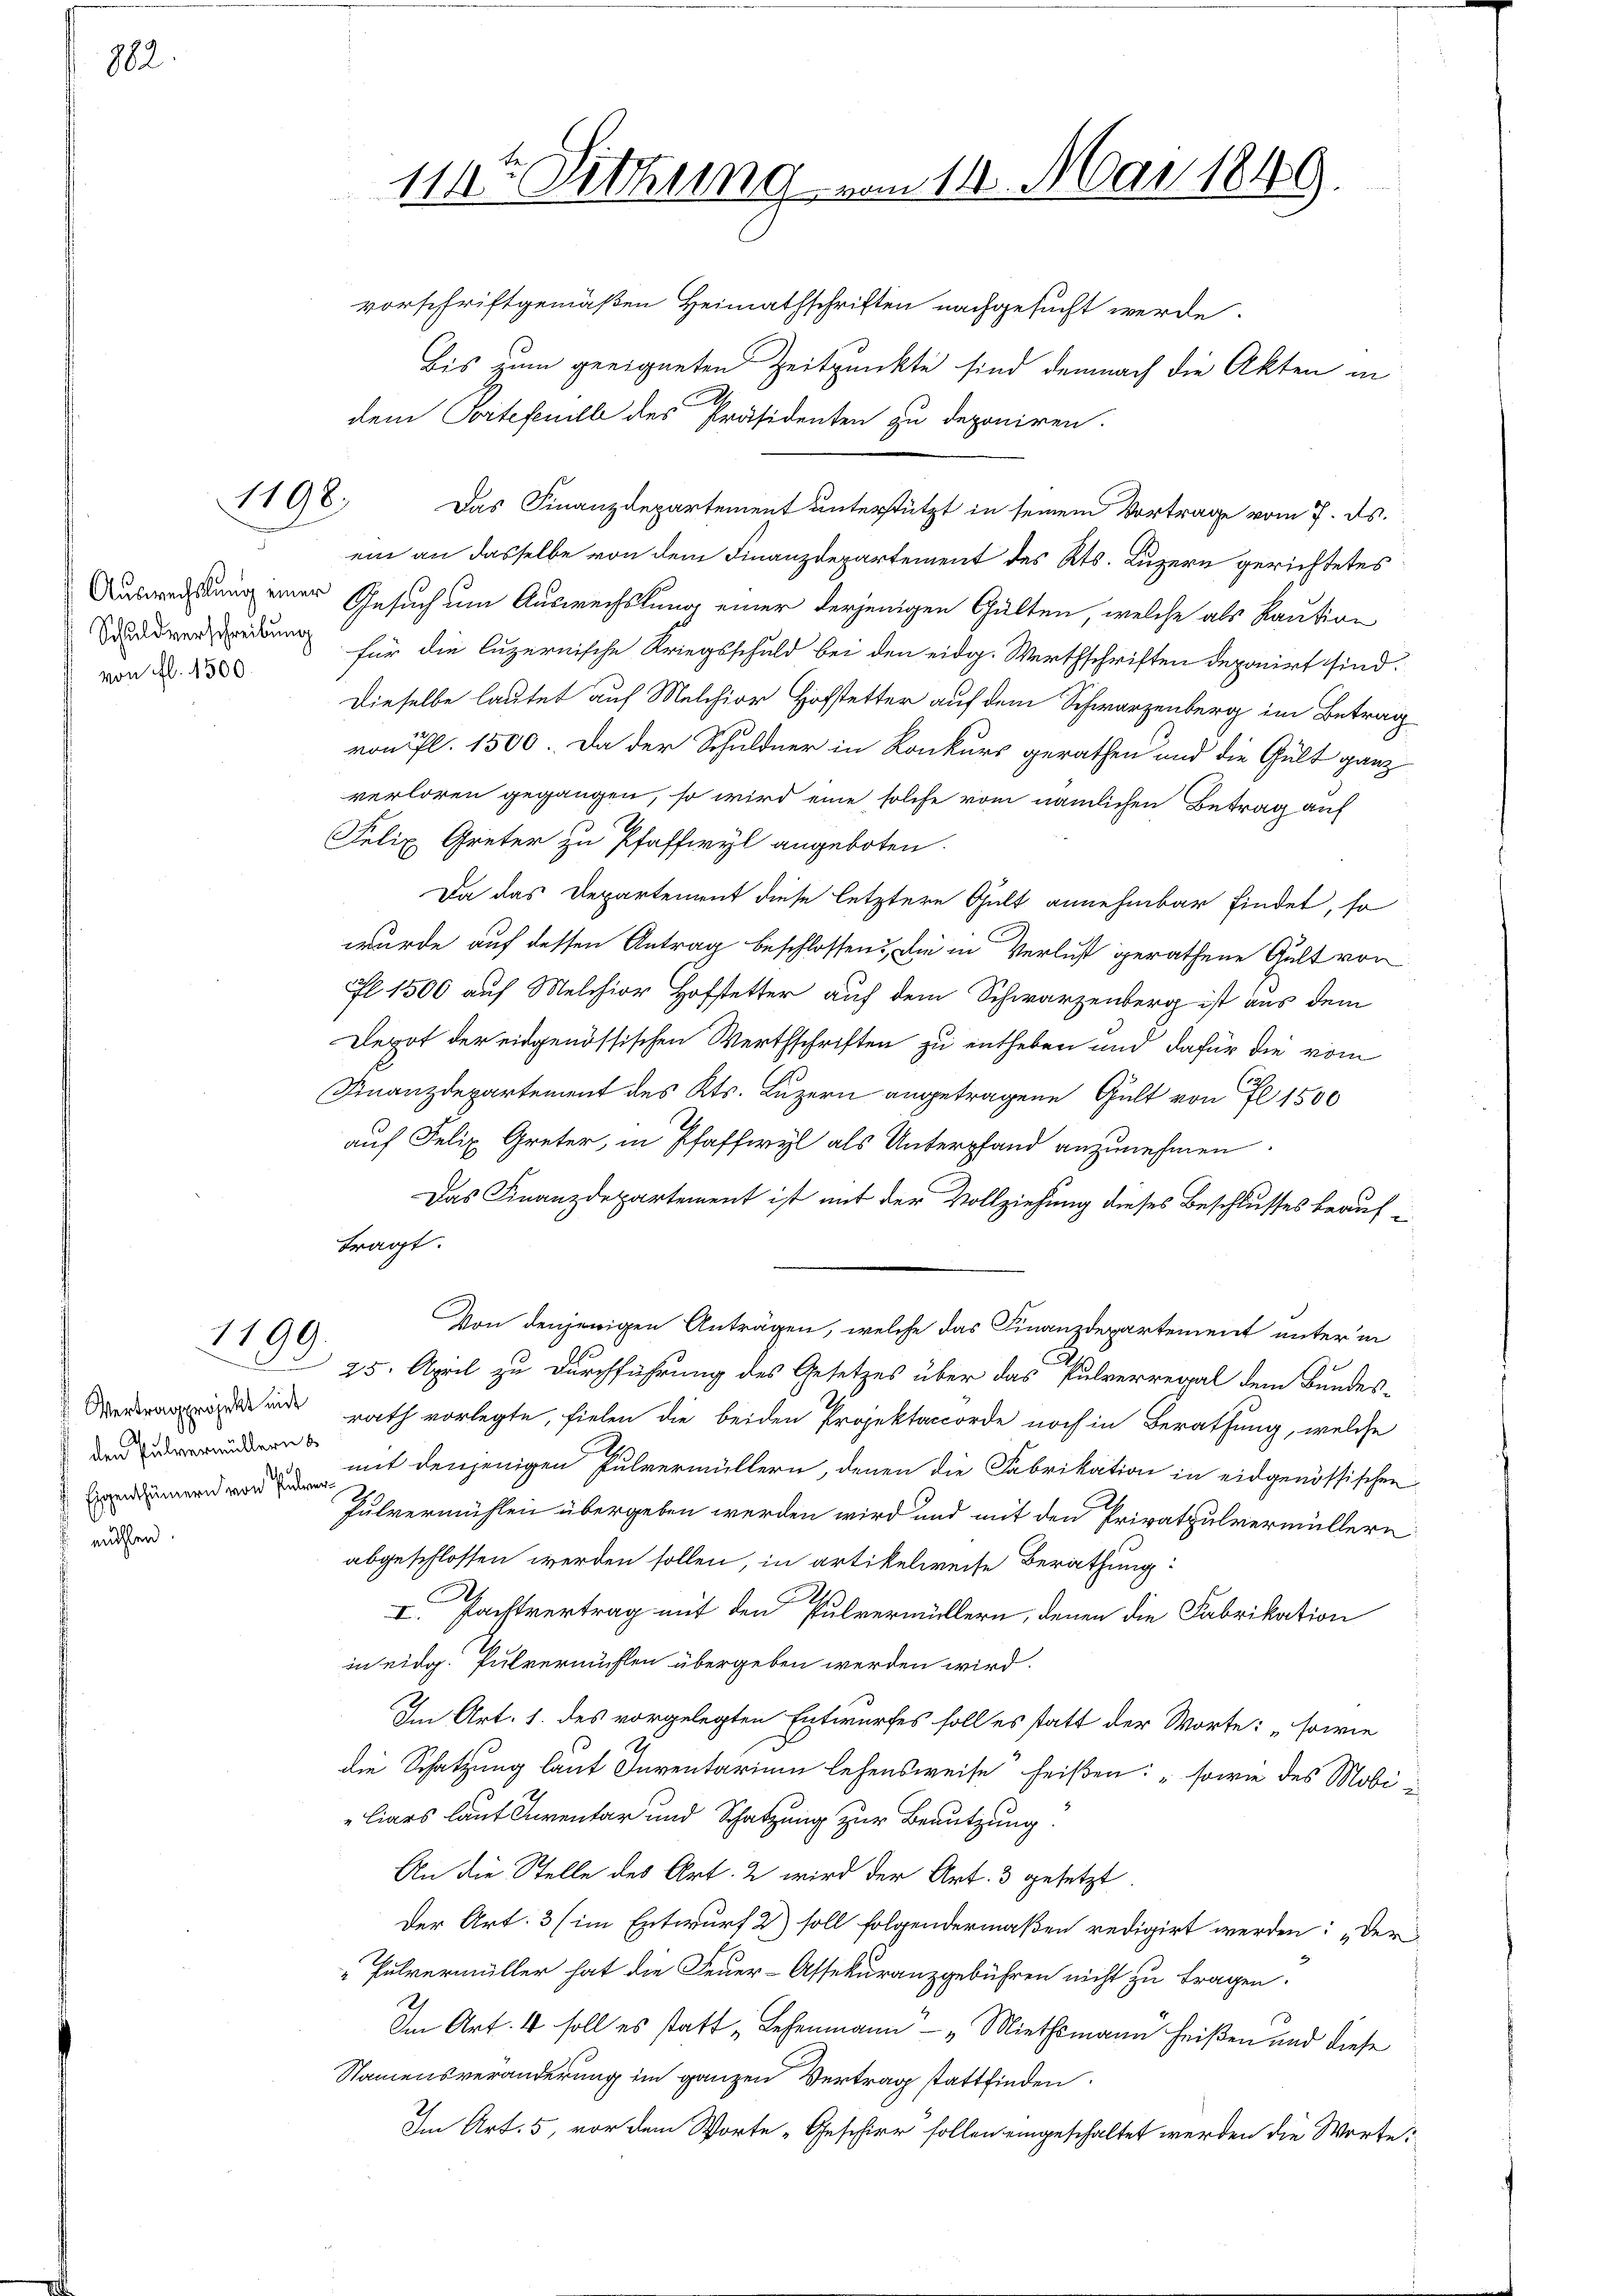
782

nohlen.

1198.

Schuldverschreibung
von fl. 1500.

1199.

den Pulvermüllern b
Eigenthümern von Pulver¬

bis zum geeigneten Zeitpunkte sind demnach die Akten in
.
dem Portefenille des Präsidenten zu deponiren.
Das Finanzdepartement unterstützt in seinem Vortrage vom 7. ds.
ein an dasselbe von dem Finanzdepartement des Kts. Luzern gerichtetes
Ausweistung einer Gesuch um Auswechslung einer derjenigen Gülten, welche als Kaution
für die luzernische Kriegsschuld bei den eidg. Werthschriften deponirt sind.
Dieselbe lautet auf Melchior Hofstetter auf dem Schwarzenberg im Betrag
von fl. 1500. Da der Schuldner in Konkurs gerathen und die Gült ganz
verloren gegangen, so wird eine solche vom nämlichen Betrag auf
Felix Greter zu Pfaffwyl angeboten.
Da das Departement diese letztere Gült annehmbar findet, so
wurde auf dessen Antrag beschlossen: die in Verlust gerathene Gült vor
fl. 1500 auf Melchior Hoffetter auf dem Schwarzenberg ist aus dem
Depot der eidgenössischen Werthschriften zu entheben und dafür die vom
Finanzdepartement des Kts. Luzern angetragene Gült von fl 1500
auf Felix Greter, in Pfaffwyl als Unterpfand anzunehmen.
Das Finanzdepartement ist mit der Vollziehung dieses Beschlusses beauftragt.
Von denjenigen Anträgen, welche das Finanzdepartement unter in
25. April zu Durchführung des Gesetzes über das Pulverregal dem Bundes-
ud rath vorlegte, fielen die beiden Projektanorde noch in Berathung, welche
mit denjenigen Pulvermüllern, denen die Fabrikation in eidgenössischen
Pulvermühlen übergeben werden wird und mit den Privatpulvermüllern
abgeschlossen werden sollen, in artikelweise Berathung:
A
I. Pachtvertrag mit den Pulvermüllern, denen die Fabrikation
in eidg. Pulvermühlen übergeben werden wird.
Im Art. 1. des vorgelegten Entwurfes soll es statt der Worte: „sowie
die Schatzung laut Inventarium lehensweise heißen: "sowie des Mobi
liars laut Inventar und Schatzung zur Benutzung.
An die Stelle des Art. 2 wird der Art. 3 gesetzt
Der Art. 3 (im Entwurf 2) soll folgendermaßen redigirt werden: „Der
2
Pulvermüller hat die Feuer-Assekuranzgebühren nicht zu tragen.
Im Art. 4 soll es statt „Lehenmann" — "Miethsmann heißen und diese
Namensveränderung im ganzen Vertrag stattfinden.
Im Art. 5, vor dem Worte „Geschier sollen eingeschaltet werden die Worte:

11ten Sitzung vom 11. Mai 1849.
vorschriftgemäßen Heimathschriften nachgesucht werde.